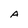
Character: A